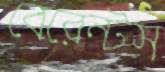
বেরেন্টস